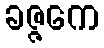
ခဇ္ဇကေ